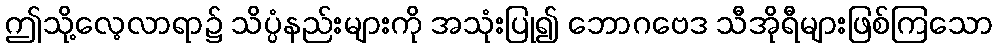
ဤသို့လေ့လာရာ၌ သိပ္ပံနည်းများကို အသုံးပြု၍ ဘောဂဗေဒ သီအိုရီများဖြစ်ကြသော